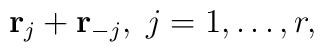
{\bf r}_j+{\bf r}_{-j},\; j=1,\ldots,r,